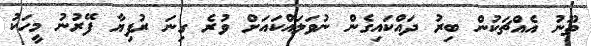
ތޫނު އެއްޗަކުން ބިރު ދައްކައިގެން ނުވަލައްކައަށް ވުރެ ގިނަ ރުފިޔާ ފޭރުނު މީހަކު